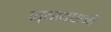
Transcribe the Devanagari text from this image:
न्यायधानी